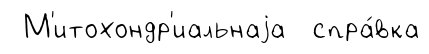
М'итохондр'иальнаjа спра́вка